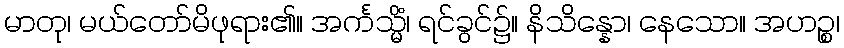
မာတု၊ မယ်တော်မိဖုရား၏။ အင်္ကသ္မိံ၊ ရင်ခွင်၌။ နိသိန္နော၊ နေသော။ အဟဉ္စ၊